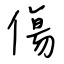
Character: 傷